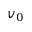
v _ { 0 }